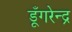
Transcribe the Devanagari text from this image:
डूँगरेन्द्र